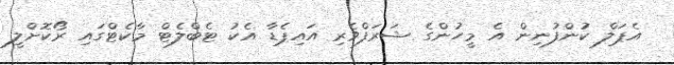
އެޕަލް ކުންފުނިން އެ މީހުންގެ ޝަރަފްވެރި އައިޕެޑާ އެކު ޓެބްލެޓް މާކެޓްގައި ރޯކޮށްލީ